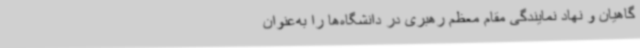
گاهیان و نهاد نمایندگی مقام معظم رهبری در دانشگاه‌ها را به‌عنوان